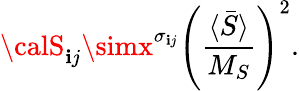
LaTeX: {\calS}_{\mathbf{i}j}\simx^{\sigma_{\mathbf{i}j}}\left(\frac{{\langle\bar{{S}}\rangle}}{{M_{S}}}\right)^{2}.